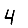
Digit: 4